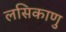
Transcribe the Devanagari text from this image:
लसिकाणु